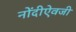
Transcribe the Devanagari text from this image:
नोंदीऐवजी